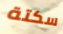
سكتة